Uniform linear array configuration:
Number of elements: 24
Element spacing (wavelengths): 0.25
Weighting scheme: cosine
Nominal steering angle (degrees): -45
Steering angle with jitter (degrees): -46.994
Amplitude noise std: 0.05
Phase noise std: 0.05

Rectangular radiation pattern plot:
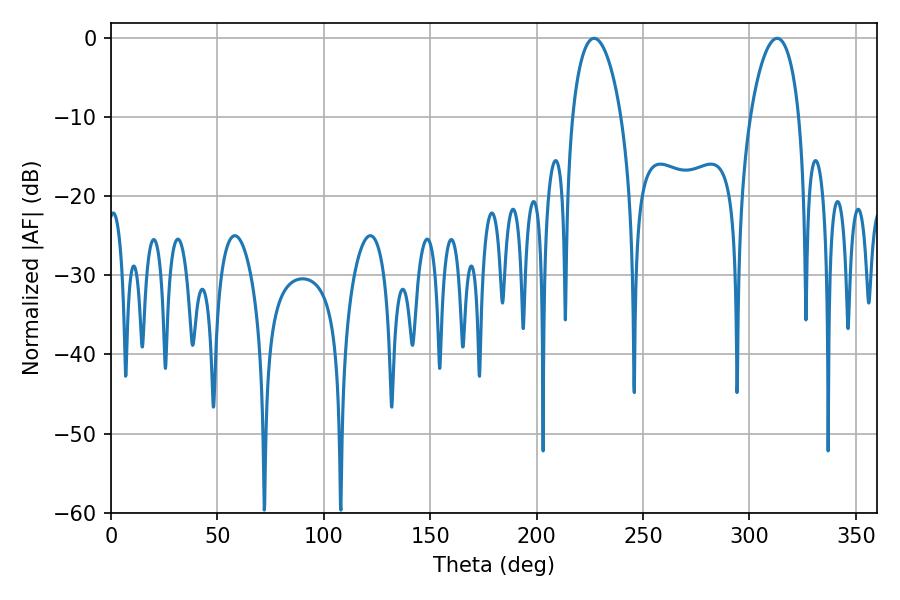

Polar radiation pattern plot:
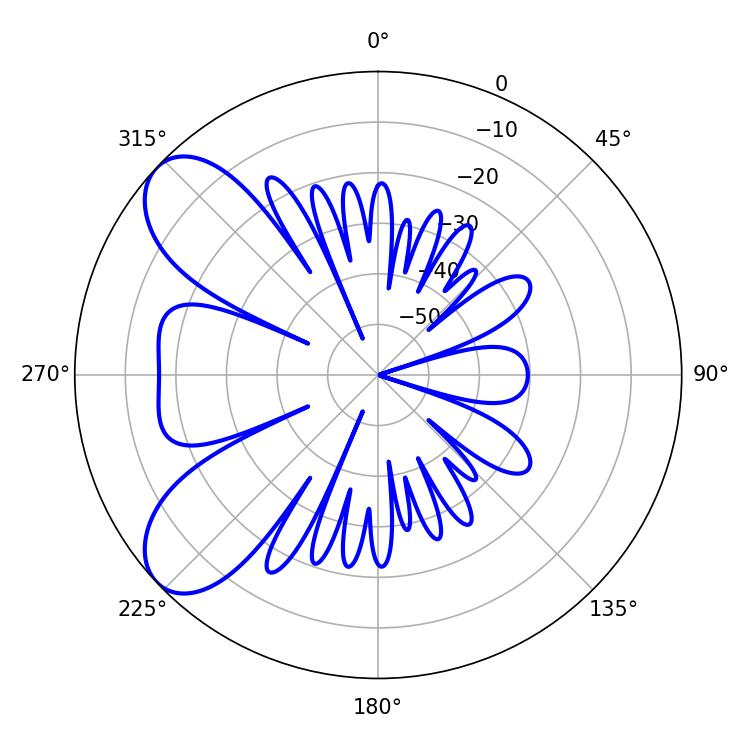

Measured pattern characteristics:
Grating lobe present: FALSE
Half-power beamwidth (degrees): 13.14
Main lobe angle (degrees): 226.98